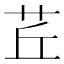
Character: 茊